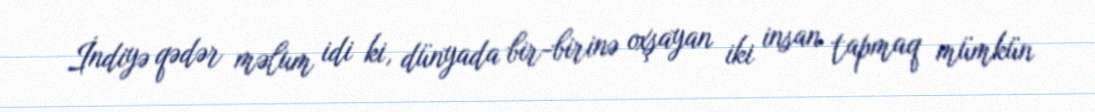
İndiyə qədər məlum idi ki, dünyada bir-birinə oxşayan iki insan tapmaq mümkün